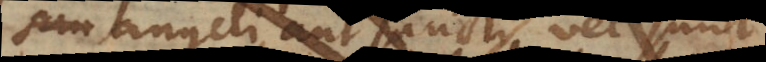
angeli aut sancti vel sunt